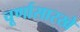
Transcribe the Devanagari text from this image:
चूर्णासारखे